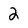
Character: 2